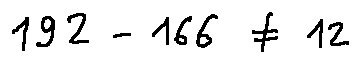
1 9 2 - 1 6 6 \neq 1 2